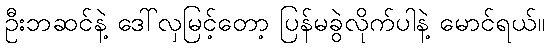
ဦးဘဆင်နဲ့ ဒေါ်လှမြင့်တော့ ပြန်မခွဲလိုက်ပါနဲ့ မောင်ရယ်။